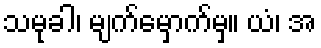
သမုခါ၊ မျက်မှောက်မှ။ ယံ၊ အ